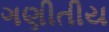
ગણીતીય